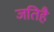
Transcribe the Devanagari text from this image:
जतिहै